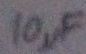
Text: 10µF